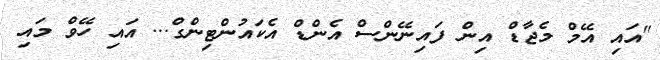
"އައި އޭމް މެޖާޑް އިން ފައިނޭންސް އެންޑް އެކައުންޓިންގް... އައި ހޭވް މައި